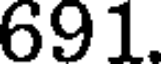
691.